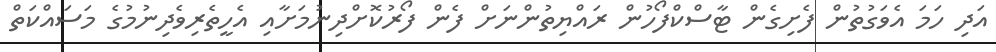
އަދި ހަމަ އެވަގުތުން ފެށިގެން ޓާސްކްފޯހުން ރައްޔިތުންނަށް ފެން ފޯރުކޮށްދިނުމަށާއި އެހީތެރިވެދިނުމުގެ މަސައްކަތް